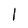
Character: 1